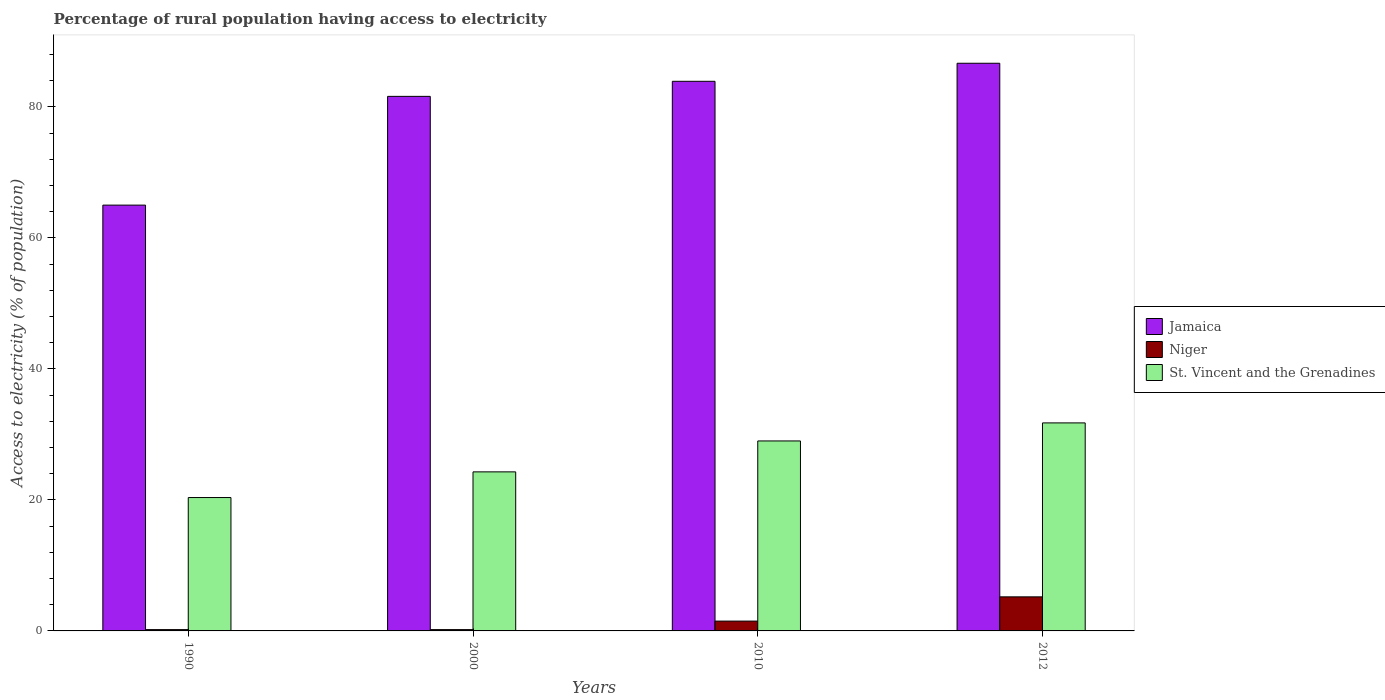
| Years | Jamaica | Niger | St. Vincent and the Grenadines |
 | --- | --- | --- | --- |
 | 1990 | 65 | 0.2 | 20.4 |
 | 2000 | 81.6 | 0.2 | 24.3 |
 | 2010 | 83.9 | 1.5 | 29 |
 | 2012 | 86.7 | 5.2 | 31.8 |